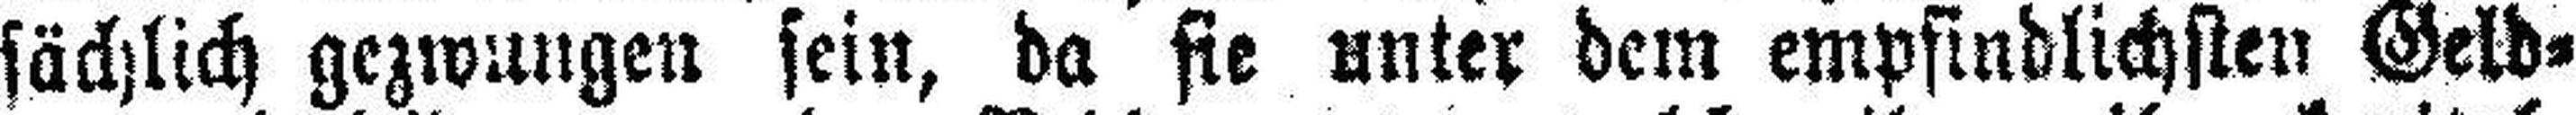
sächlich gezwungen sein, da fie unter dem empfindlichsten Geld¬